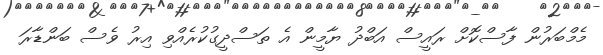
މެމްބަރުން ފާސްކޮށް ރައީސް އަބްދު ޔާމީން އެ ތަސްދީގުކުރެއްވި އިރު ވެސް ބަންޑާރަ